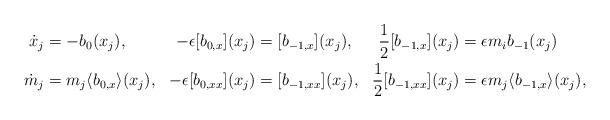
LaTeX: \begin{align*} \dot x_j&=-b_0(x_j), &-\epsilon [b_{0,x}](x_j)&=[b_{-1,x}](x_j), &\frac12 [b_{-1,x}](x_j)&=\epsilon m_ib_{-1}(x_j)\\ \dot m_j&=m_j \langle b_{0,x} \rangle (x_j), &-\epsilon [b_{0,xx}](x_j)&=[b_{-1,xx}](x_j), &\frac12 [b_{-1,xx}](x_j)&=\epsilon m_j\langle b_{-1,x}\rangle (x_j), \end{align*}